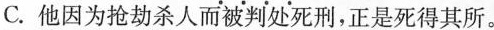
C.他因为抢劫杀人而被判处死刑，正是\underset{·}{死}\underset{·}{得}\underset{·}{其}\underset{·}{所}。